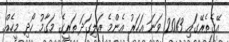
އޭގެތެރޭގައި 2013 ވަނަ އަހަރު އެންމެ އަލިގަދަ ތަރީގެ މަގާމު ހޯދި މީހެއް.